Vaccination in Bombay 1924-1928 - 1924-1928
Year: 1924
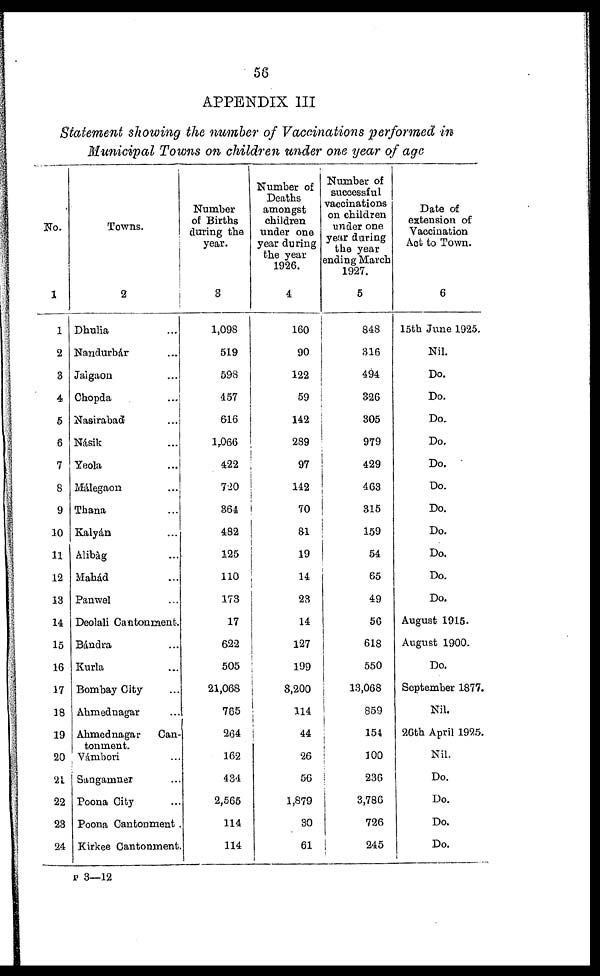
56
APPENDIX III
Statement showing the number of Vaccinations performed in
Municipal Towns on children under one year of age
No.
1
1
2
3
4
5
6
7
8
9
10
11
12
13
14
15
16
17
18
19
20
21
22
23
24
Towns.
2
Dhulia ...
Nandurbár ...
Jalgaon ...
Chopda ...
Nasirabad ...
Násik ...
Yeola ...
Málegaon ...
Thana ...
Kalyán ...
Alibàg ...
Mahád ...
Panwel ...
Deolali Cantonment.
Bándra ...
Kurla ...
Bombay City ...
Ahmednagar ...
Ahmednagar
Can-
tonment.
Vámbori ...
Sangamner ...
Poona City ...
Poona Cantonment .
Kirkee Cantonment.
Number
of Births
during the
year.
3
1,098
519
598
457
616
1,066
422
720
364
482
125
110
173
17
622
505
21,068
765
264
162
434
2,565
114
114
Number of
Deaths
amongst
children
under one
year during
the year
1926.
4
160
90
122
59
142
289
97
142
70
81
19
14
23
14
127
199
8,200
114
44
26
56
1,879
30
61
Number of
successful
vaccinations
on children
under one
year during
the year
ending March
1927.
5
848
316
494
326
305
979
429
463
315
159
54
65
49
56
618
550
13,068
859
154
100
236
3,786
726
245
Date of
extension of
Vaccination
Act to Town.
6
15th June 1925.
Nil.
Do.
Do.
Do.
Do.
Do.
Do.
Do.
Do.
Do.
Do.
Do.
August 1915.
August 1900.
Do.
September 1877.
Nil.
26th April 1925.
Nil.
Do.
Do.
Do.
Do.
P 3—12